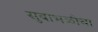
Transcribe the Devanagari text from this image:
सुबाभळीचा